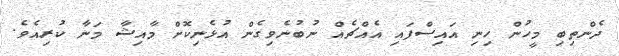
ދެންތިބި މީހުން ހިނި އައިސްފައި އެއްޗެއް ނުބުނެވިގެން އުޅެނިކޮށް މާއިޝާ މަނާ ކުރިއެވެ.